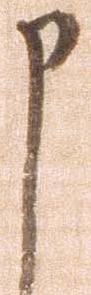
申